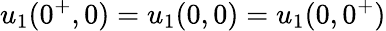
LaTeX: u_{1}(0^{+},0)=u_{1}(0,0)=u_{1}(0,0^{+})